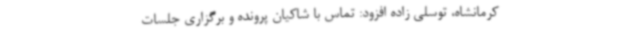
کرمانشاه، توسلی زاده افزود: تماس با شاکیان پرونده و برگزاری جلسات